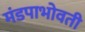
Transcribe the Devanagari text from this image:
मंडपाभोवती